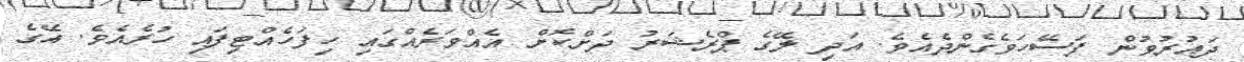
ދައުރުވުން ފަސޭހަވެގެންދެއެވެ. އަދި ލޭގެ ޕްރެޝަރު ދަށްކޮށް އެއްވަރެއްގައި ހިފަހެއްޓިފައި ހުރެއެވެ. އޭގެ